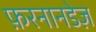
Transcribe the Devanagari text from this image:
फ़रनानडेज़